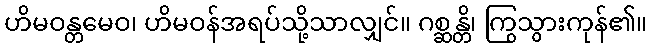
ဟိမဝန္တမေဝ၊ ဟိမဝန်အရပ်သို့သာလျှင်။ ဂစ္ဆန္တိ၊ ကြွသွားကုန်၏။